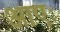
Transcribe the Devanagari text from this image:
आएः